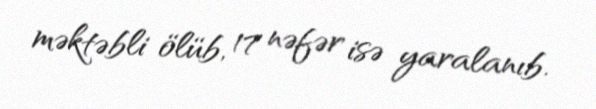
məktəbli ölüb, 17 nəfər isə yaralanıb.